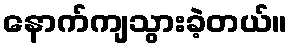
နောက်ကျသွားခဲ့တယ်။